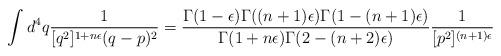
LaTeX: \begin{align*}\int d^4q {1\over [q^2]^{1+n\epsilon}(q-p)^2}={\Gamma(1-\epsilon)\Gamma((n+1)\epsilon)\Gamma(1-(n+1)\epsilon)\over\Gamma(1+n\epsilon)\Gamma(2-(n+2)\epsilon)}{1\over [p^2]^{(n+1)\epsilon}}\end{align*}